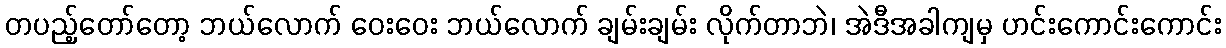
တပည့်တော်တော့ ဘယ်လောက် ဝေးဝေး ဘယ်လောက် ချမ်းချမ်း လိုက်တာဘဲ၊ အဲဒီအခါကျမှ ဟင်းကောင်းကောင်း